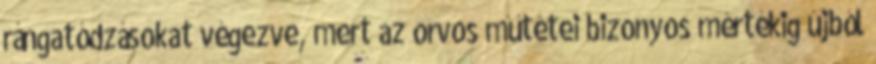
rángatódzásokat végezve, mert az orvos műtétei bizonyos mértékig újból